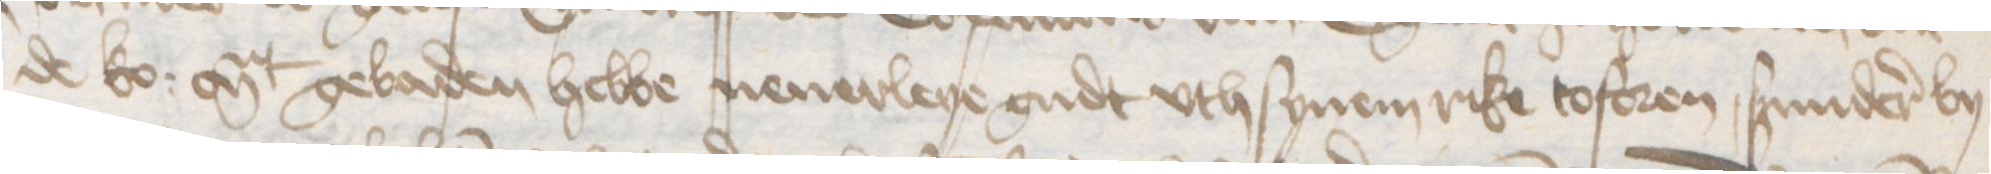
de ko: Mt gebaden hebbe nenerleye gudt vth synem rike toforen, sunderer by